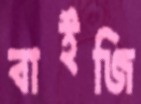
বাইজি